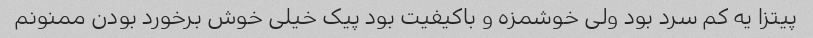
پیتزا یه کم سرد بود ولی خوشمزه و باکیفیت بود پیک خیلی خوش برخورد بودن ممنونم